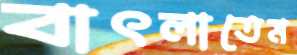
বাৎলাতেম